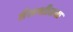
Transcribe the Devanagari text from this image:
तैलशीतक